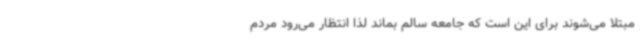
مبتلا می‌شوند برای این است که جامعه سالم بماند لذا انتظار می‌رود مردم